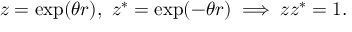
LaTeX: z = \exp ( \theta r ) , \ z ^ { * } = \exp ( - \theta r ) \implies z z ^ { * } = 1 .